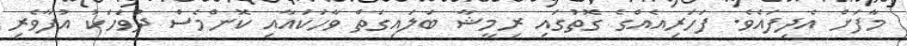
މާފަށް އެދިފައެވެ. ފަހަރިއެއްގެ ގޮތުގައި ރިމީޝާ ބަލައިގަތް ވާހަކައާއި ކޮންމެސް ދުވަހަކު އުފާވެރި